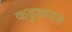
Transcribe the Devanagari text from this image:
कड़ुवापन